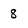
Character: 8